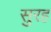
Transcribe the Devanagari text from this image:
सुरह